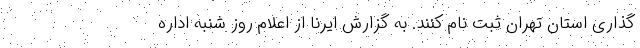
گذاری استان تهران ثبت نام کنند. به گزارش ایرنا از اعلام روز شنبه اداره